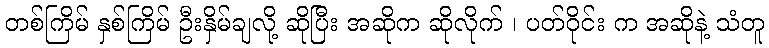
တစ်ကြိမ် နှစ်ကြိမ် ဦးနှိမ်ချလို့ ဆိုပြီး အဆိုက ဆိုလိုက် ၊ ပတ်ဝိုင်း က အဆိုနဲ့ သံတူ